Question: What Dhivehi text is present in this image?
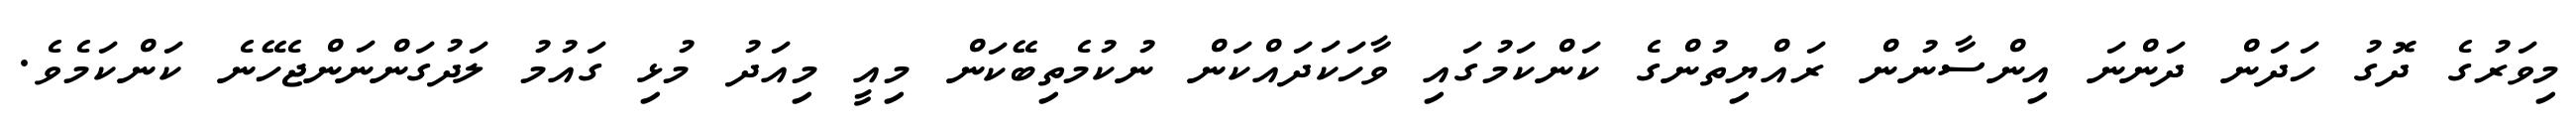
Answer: މިވަރުގެ ދޮގު ހަދަން ދަންނަ އިންސާނުން ރައްޔިތުންގެ ކަންކަމުގައި ވާހަކަދައްކަން ނުކުމެތިބޭކަން މިއީ މިއަދު މުޅި ގައުމު ލަދުގަންނަންޖެހޭނެ ކަންކަމެވެ.